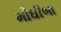
મોઘીબા